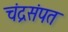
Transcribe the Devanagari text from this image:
चंद्रसंपत